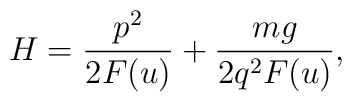
H = \frac{p^2}{2F(u)} + \frac{mg}{2q^2F(u)},